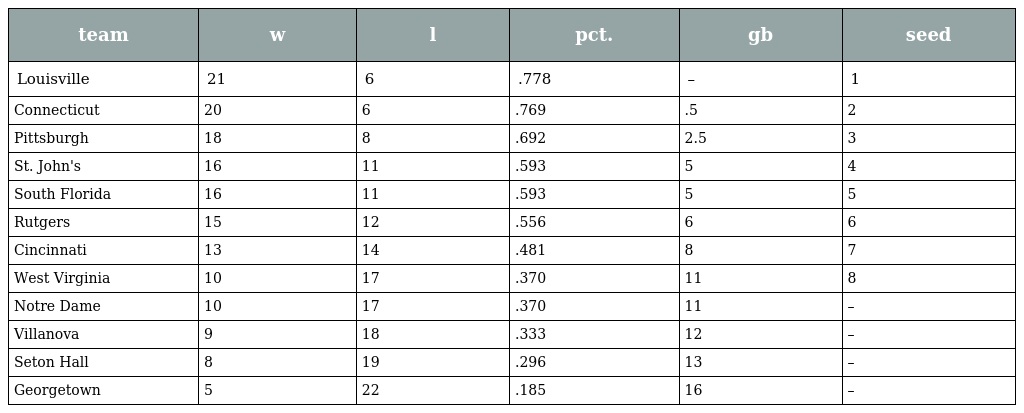
| team | w | l | pct. | gb | seed |
 | --- | --- | --- | --- | --- | --- |
 | Louisville | 21 | 6 | .778 | – | 1 |
 | Connecticut | 20 | 6 | .769 | .5 | 2 |
 | Pittsburgh | 18 | 8 | .692 | 2.5 | 3 |
 | St. John's | 16 | 11 | .593 | 5 | 4 |
 | South Florida | 16 | 11 | .593 | 5 | 5 |
 | Rutgers | 15 | 12 | .556 | 6 | 6 |
 | Cincinnati | 13 | 14 | .481 | 8 | 7 |
 | West Virginia | 10 | 17 | .370 | 11 | 8 |
 | Notre Dame | 10 | 17 | .370 | 11 | – |
 | Villanova | 9 | 18 | .333 | 12 | – |
 | Seton Hall | 8 | 19 | .296 | 13 | – |
 | Georgetown | 5 | 22 | .185 | 16 | – |